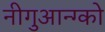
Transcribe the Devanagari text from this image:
नीगुआन्ग्को